Bréfritari: Sigríður Pálsdóttir
Viðtakandi: Páll Pálsson
Dagsetning: A-1858-07-11
Skrifað á: Hraungerði  Árn.
Páll var bróðir Sigríðar

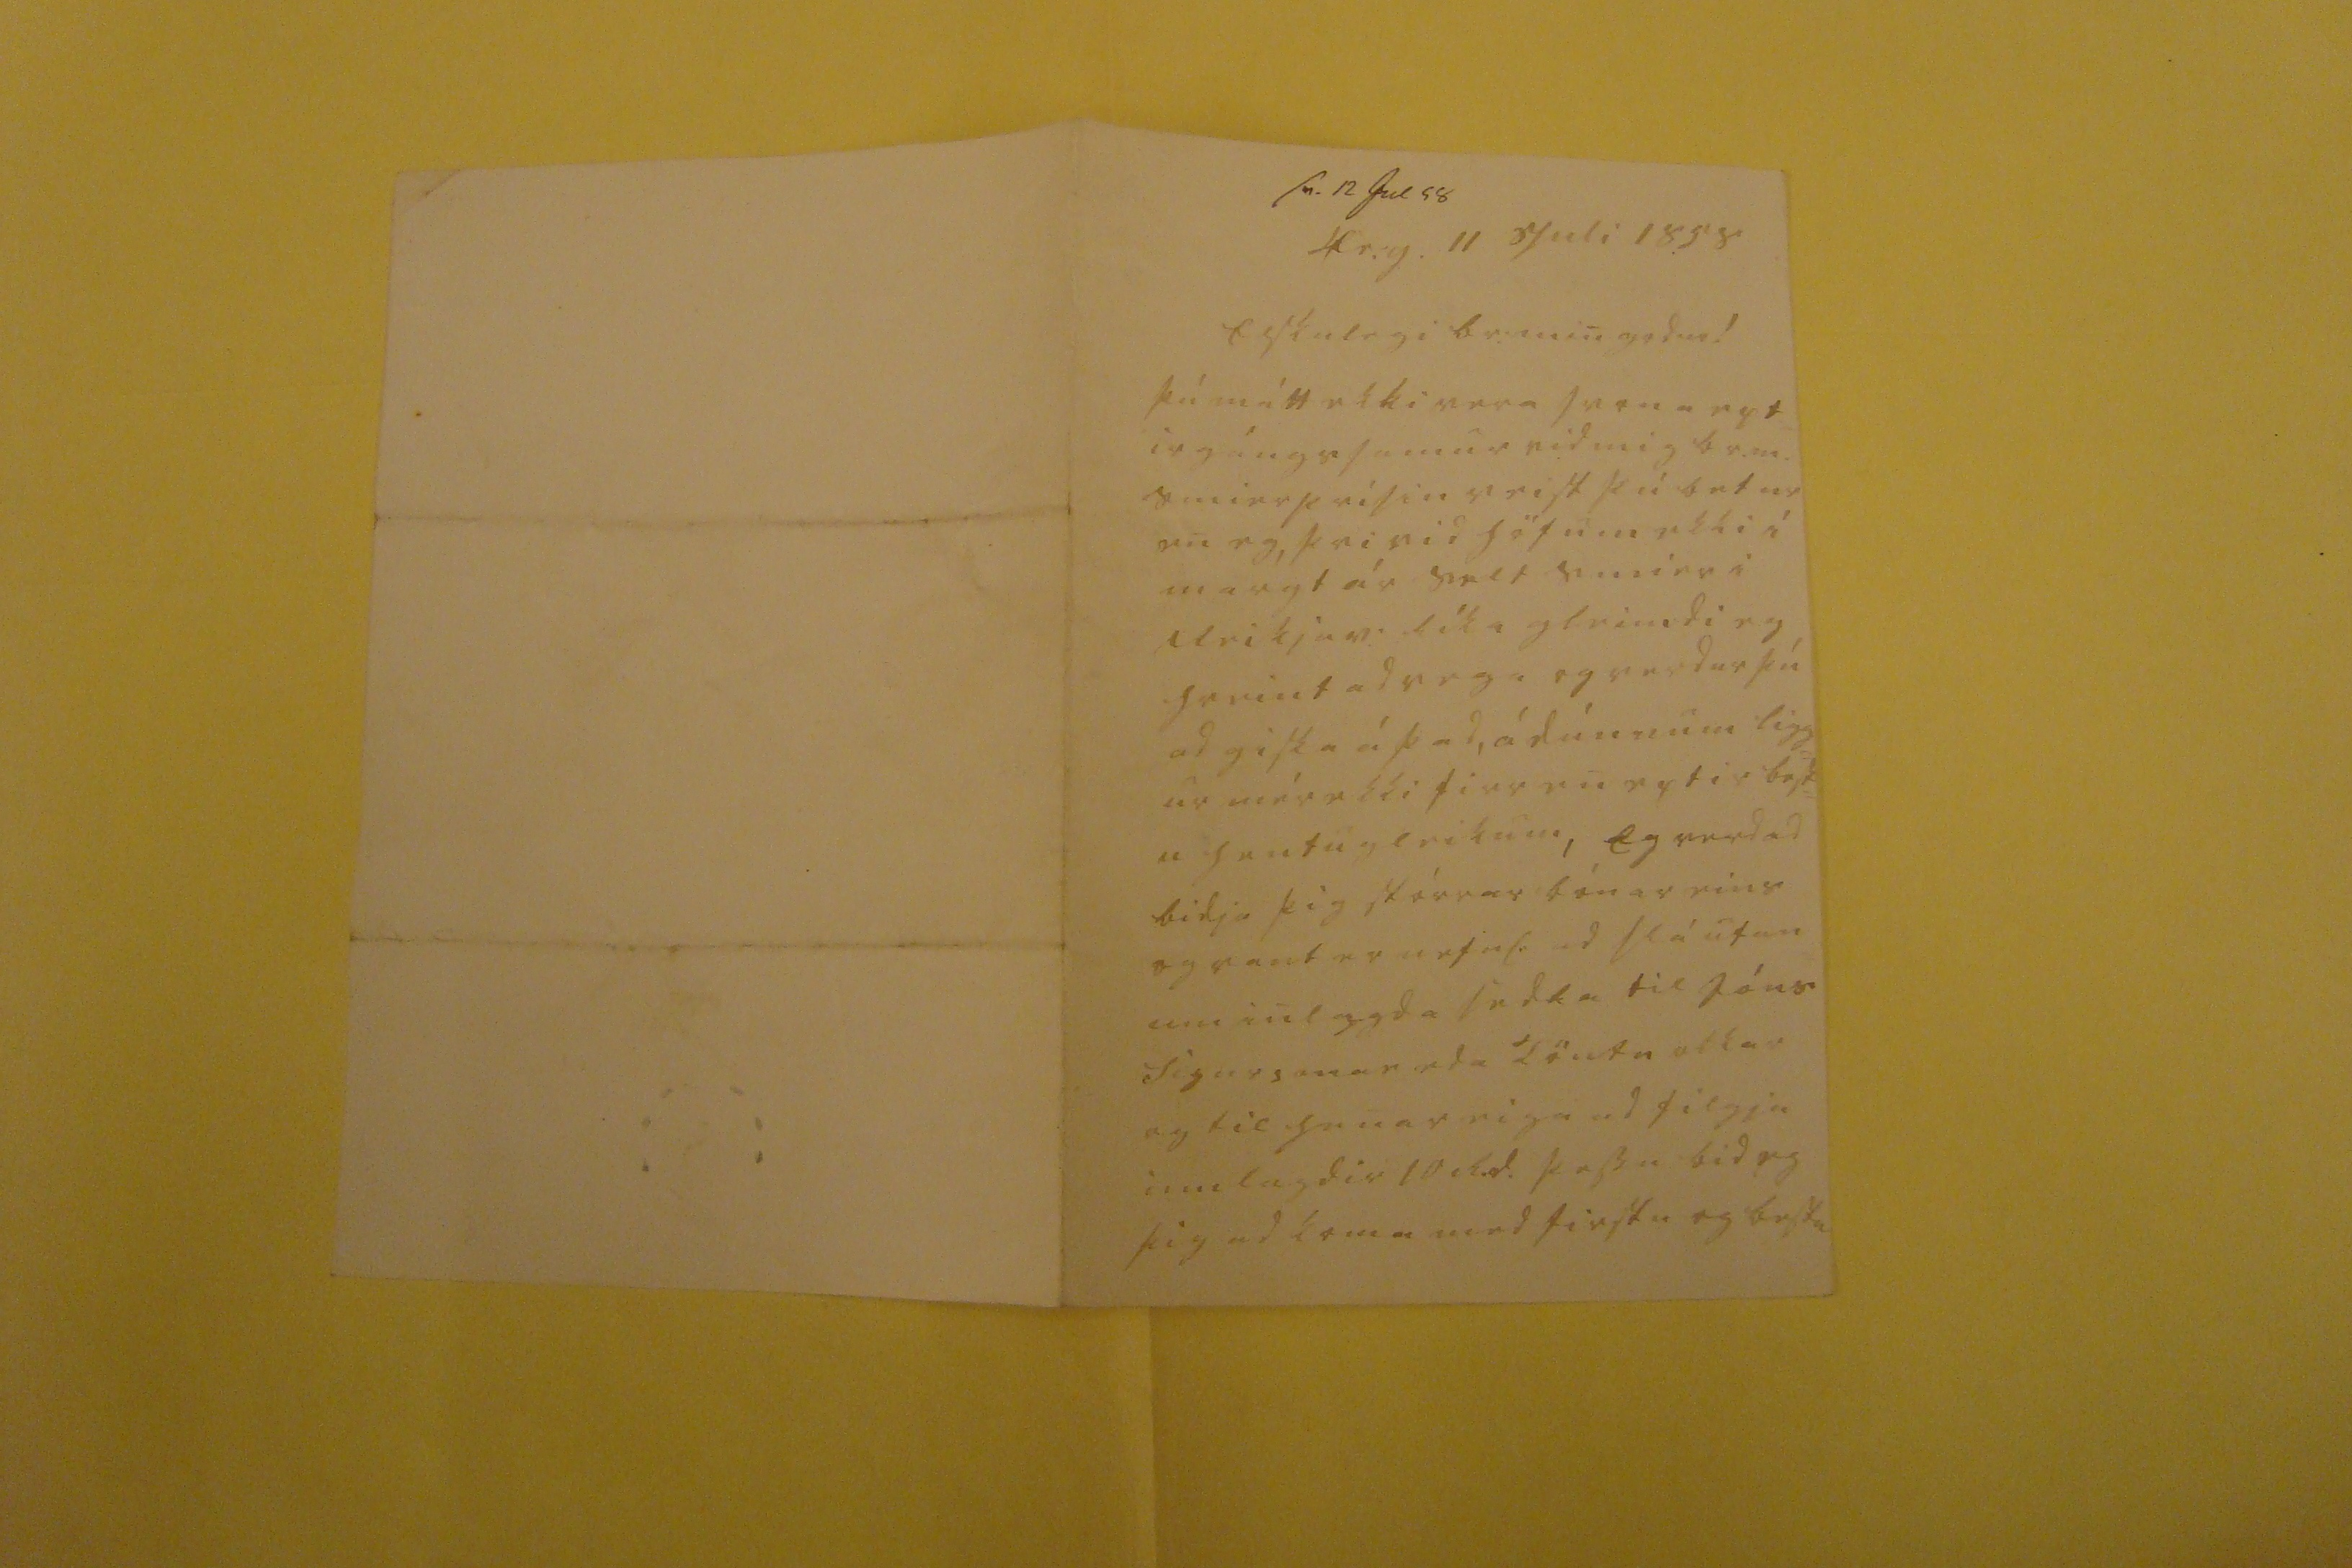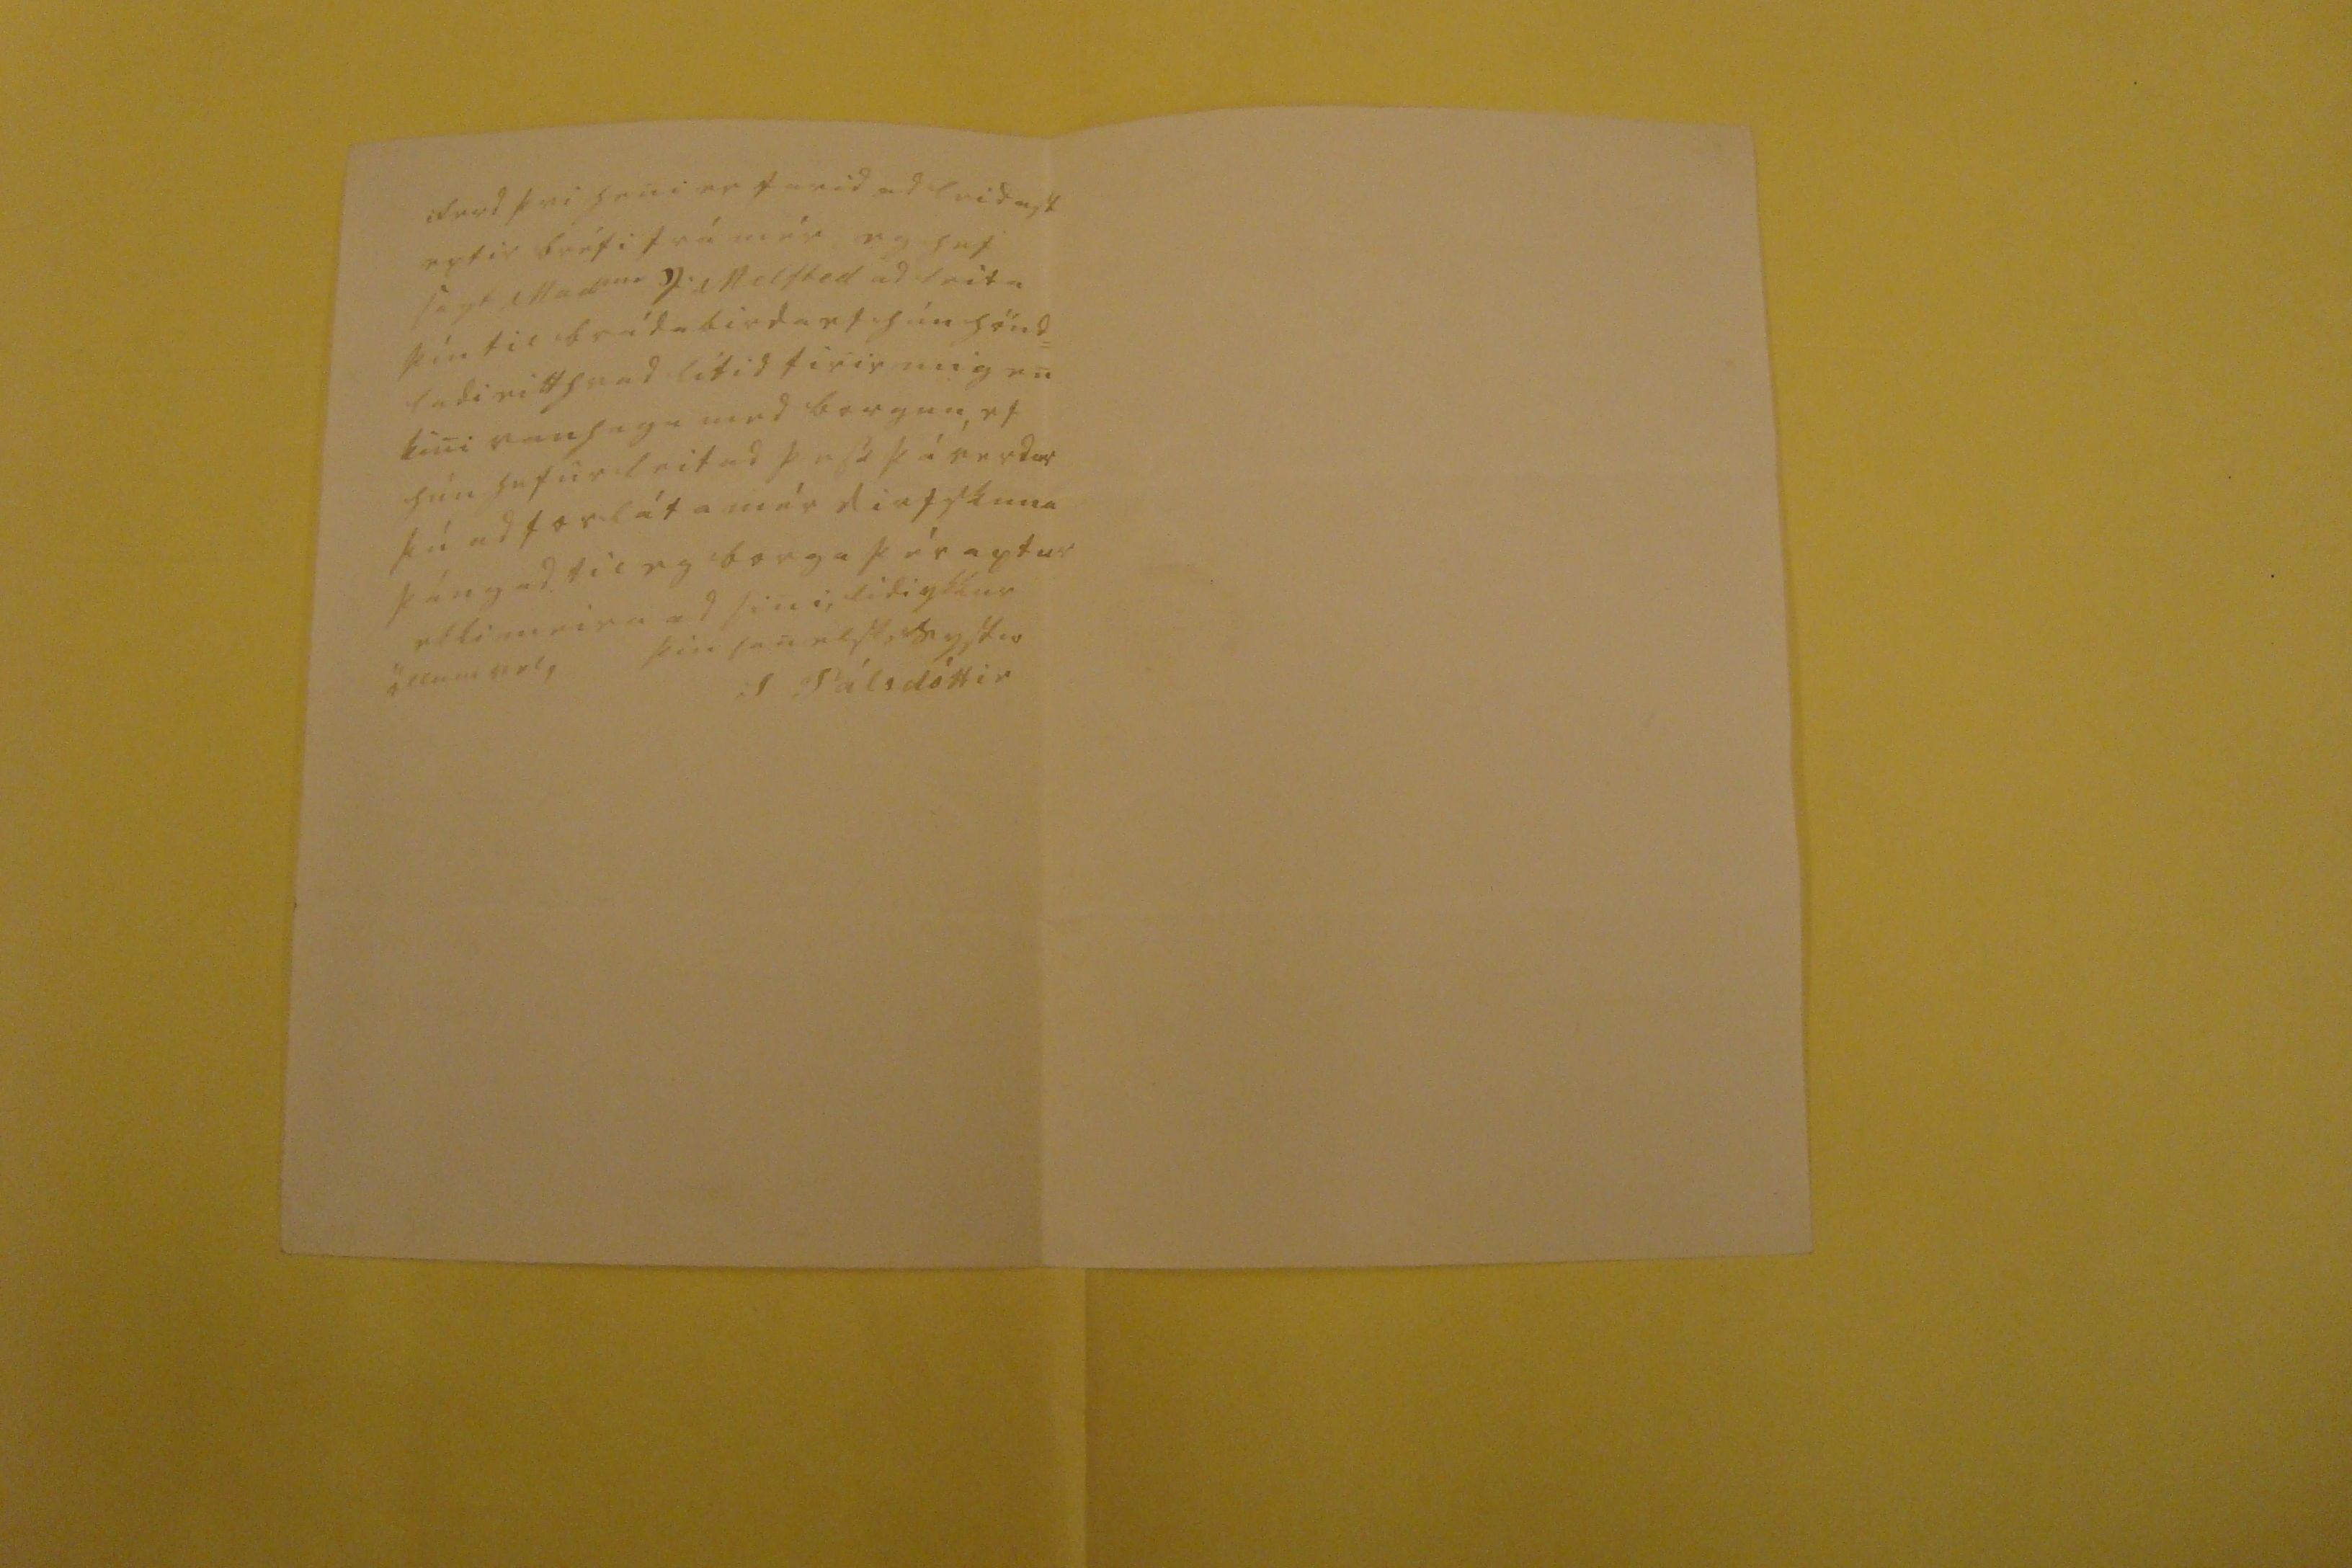

sv. 12 Jul 58
Hr.g. 11 Juli 1858
Elskulegi br: min gódur!
Þú mátt ekki vera svona ept irgángssamur vid mig br.m. smier
s00isin
veist þú betur en eg, þvi vid höfum ekki í margt ár selt smier i drikjum líka gleimdi eg hreint ad vega og verdur þú ad giska á þad, á dúnnum ligg= ur mér ekki firr en eptir best= u hentugleikum, Eg verd ad bidja þig stórrar bónar eins og vant er
nefnt
ad slá utan um inl
a
gda sedla til Jóns Sigursonar eda
d
löntu
okkar og til henar eiga ad filgja innlagdir 10 R.d. þessu bid eg þig ad koma med firstu og bestu
ferd þvi heni er farid ad leidast eptir bréfi frá mér, eg hef sagt Mad
me
F
Melsted ad leita þín til brádabirdar
f hún
hönd= ladi eitthvad lítid firir mig en kun vanhugu med borgun, ef hún hefur leitad þess þá verdur þú ad forláta mér dirfskuna þángad til eg borga þér aptur ekki meira ad sini, lídi ykkur öllum vel,
þin sanelsk, systir
S Pálsdóttir